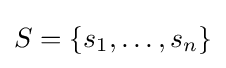
S=\{s_{1},\ldots ,s_{n}\}